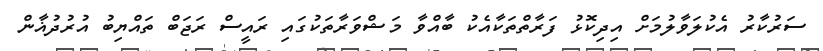
ސަރުކާރު އެކުލަވާލުމަށް އިދިކޮޅު ފަރާތްތަކާއެކު ބާއްވާ މަޝްވަރާތަކުގައި ރައީސް ރަޖަބް ތައްޔިބު އުރުދުޣާން